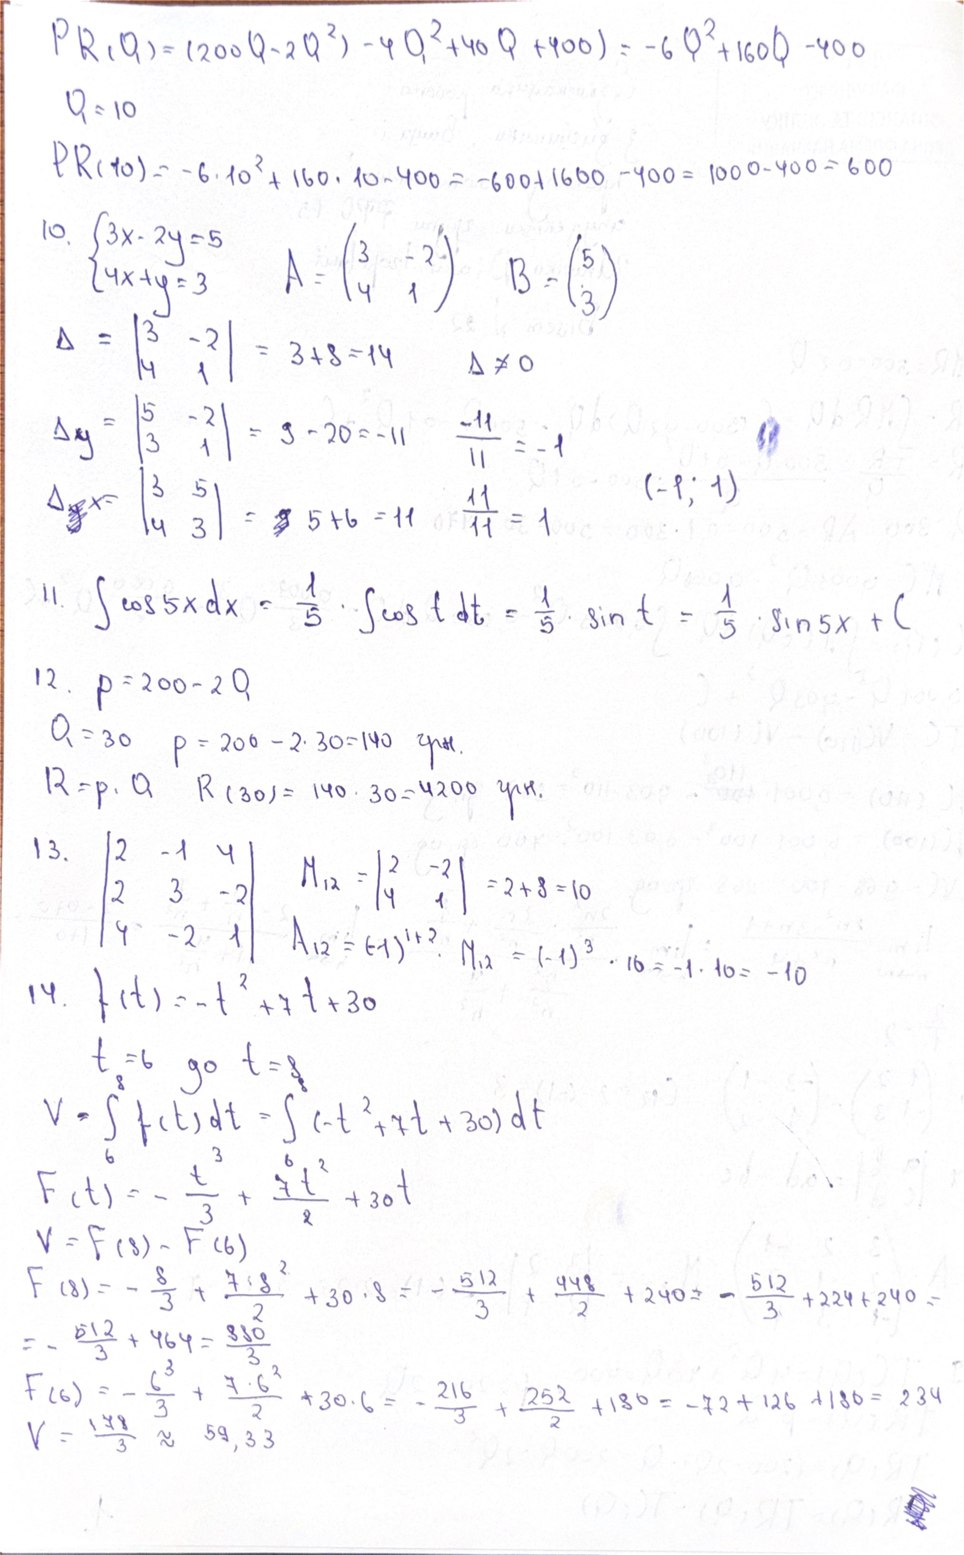
PR(Q) = (200Q - 2Q^2) - (4Q^2 + 40Q + 400) = -6Q^2 + 160Q - 400
Q = 10
PR(10) = -6 \cdot 10^2 + 160 \cdot 10 - 400 = -600 + 1600 - 400 = 1000 - 400 = 600
10. \begin{cases} 3x - 2y = 5 \\ 4x + y = 3 \end{cases}
A = \begin{pmatrix} 3 & -2 \\ 4 & 1 \end{pmatrix}
B = \begin{pmatrix} 5 \\ 3 \end{pmatrix}
\Delta = \begin{vmatrix} 3 & -2 \\ 4 & 1 \end{vmatrix} = 3 + 8 = 14
\Delta \neq 0
\Delta y = \begin{vmatrix} 5 & -2 \\ 3 & 1 \end{vmatrix} = 9 - 20 = -11
\frac{-11}{11} = -1
\Delta_~~y~~ x = \begin{vmatrix} 3 & 5 \\ 4 & 3 \end{vmatrix} = ~~9~~ 5 + 6 = 11
(-1; 1)
\frac{11}{11} = 1
11. \int \cos 5x dx = \frac{1}{5} \cdot \int \cos t dt = \frac{1}{5} \cdot \sin t = \frac{1}{5} \cdot \sin 5x + C
12. P = 200 - 2Q
Q = 30 \quad p = 200 - 2 \cdot 30 = 140 \text{ грн.}
R = p \cdot Q \quad R(30) = 140 \cdot 30 = 4200 \text{ грн.}
13. \begin{vmatrix} 2 & -1 & 4 \\ 2 & 3 & -2 \\ 4 & -2 & 1
M_{12} &= \begin{vmatrix} 2 & -2 \\ 4 & 1 \end{vmatrix} = 2 + 8 = 10 \\ A_{12} &= (-1)^{1+2} \cdot M_{12} = (-1)^3 \cdot 10 = -1 \cdot 10 = -10 \end{aligned}
14. f(t) = -t^2 + 7t + 30
t_s = 6 \quad go \quad t = 8
V = \int_ f(t) dt = \int_{3}^{8} (-t^2 + 7t + 30) dt
F(t) = -\frac{t{3}}{3} + \frac{7t^2}{2} + 30t
V = F(8) - F(6)
F(8) = -\frac{8^3}{3} + \frac{7 \cdot 8^2}{2} + 30 \cdot 8 = -\frac{512}{3} + \frac{448}{2} + 240 = -\frac{512}{3} + 224 + 240 =
= - \frac{512}{3} + 464 = \frac{880}{3}
F(6) = -\frac{6^3}{3} + \frac{7 \cdot 6^2}{2} + 30 \cdot 6 = -\frac{216}{3} + \frac{252}{2} + 180 = -72 + 126 + 180 = 234
V = \frac{178}{3} \approx 59,33